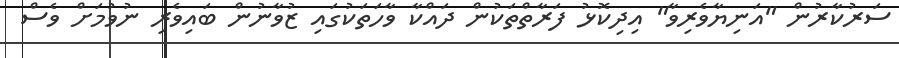
ސަރުކާރުން "އަނިޔާވެރިވާ" އިދިކޮޅު ފަރާތްތަކުން ދައްކާ ވާހަތަކުގައި ޒުވާނުން ބައިވެރި ނުވުމަށް ވެސް